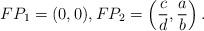
LaTeX: \begin{align*}FP_1=(0,0),FP_2=\left(\frac cd,\frac ab\right).\end{align*}